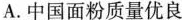
A.中国面粉质量优良